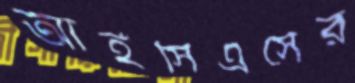
আইসিএসের